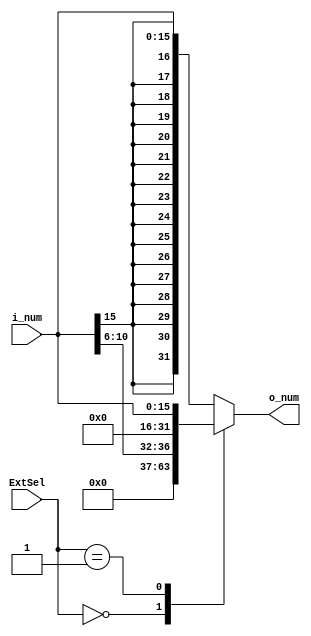
// ?????????
// @param i_num ?????
// @param ExtSel ???????????
// @param o_num ?????
module SignExtend(i_num, ExtSel, o_num);
  input [15:0] i_num;
  input [1:0] ExtSel;
  output reg[31:0] o_num;
  initial begin
    o_num = 0;
  end
  always @(i_num or ExtSel) begin
     case(ExtSel)
        // ExtSel ?00??sa???
        2'b00: o_num <= {{27'o000000000}, i_num[10:6]};
        // ExtSel ?01??????????
        2'b01: o_num <= {{16'h0000}, i_num[15:0]};
        // ExtSel ?10??????????
        2'b10: o_num <= {{16{i_num[15]}}, i_num[15:0]};
        // ??????????????
        default: o_num <= {{16{i_num[15]}}, i_num[15:0]}; // ??????
    endcase
  end
endmodule